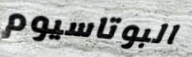
البوتاسيوم